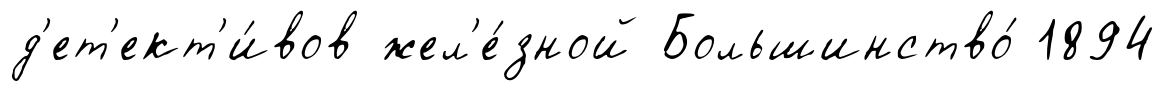
д'ет'ект'и́вов жел'е́зной Большинство́ 1894